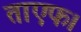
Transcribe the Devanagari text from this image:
ताएफ।